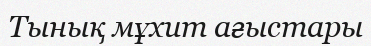
Тынық мұхит ағыстары